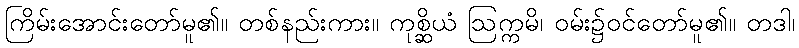
ကြိမ်းအောင်းတော်မူ၏။ တစ်နည်းကား။ ကုစ္ဆိယံ ဩက္ကမိ၊ ဝမ်း၌ဝင်တော်မူ၏။ တဒါ၊